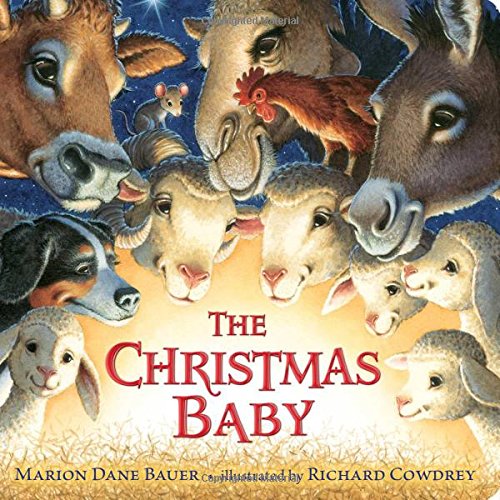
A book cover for The Christmas Baby (Classic Board Books); Marion  Dane Bauer; Children's Books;